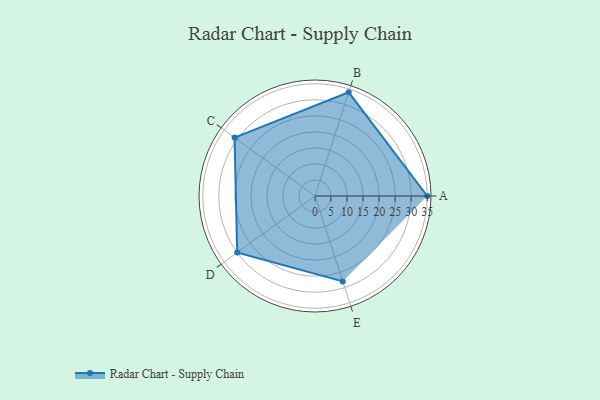
{"axis": {"x": "Skill", "y": "Score"}, "legend": ["Profile"], "data": [{"x": "A", "y": 35.0, "type": "Profile"}, {"x": "B", "y": 34.0, "type": "Profile"}, {"x": "C", "y": 31.0, "type": "Profile"}, {"x": "D", "y": 30.0, "type": "Profile"}, {"x": "E", "y": 28.0, "type": "Profile"}]}